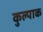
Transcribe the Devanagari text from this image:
कुल्पाक